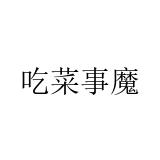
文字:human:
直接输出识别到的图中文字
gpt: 吃菜事魔